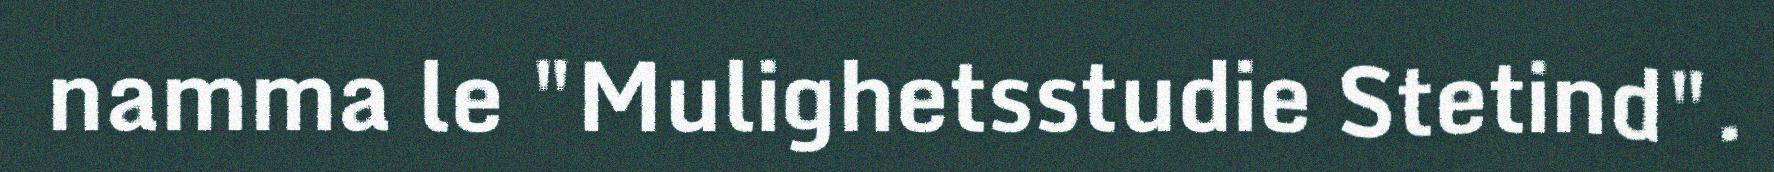
namma le "Mulighetsstudie Stetind".